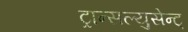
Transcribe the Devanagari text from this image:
ट्रान्सल्युसेन्ट्